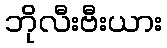
ဘိုလီးဗီးယား